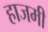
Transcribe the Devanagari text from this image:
हाजमी